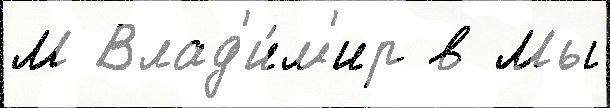
М Влад'и́м'ир в Мы